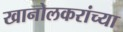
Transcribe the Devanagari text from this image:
खानोलकरांच्या